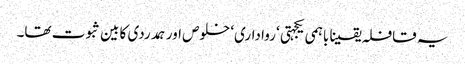
یہ قافلہ یقینا باہمی یکجہتی ‘ رواداری‘ خلوص اور ہمدردی کا بین ثبوت تھا۔